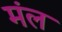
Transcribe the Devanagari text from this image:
मंल